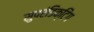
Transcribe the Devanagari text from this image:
सुपरंडिक्टिंग